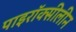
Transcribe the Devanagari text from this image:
पाइरॉक्सीलीन